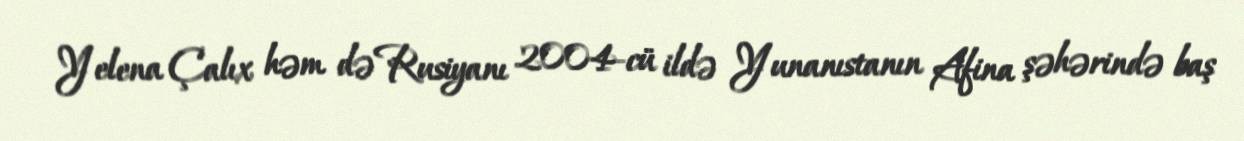
Yelena Çalıx həm də Rusiyanı 2004-cü ildə Yunanıstanın Afina şəhərində baş